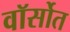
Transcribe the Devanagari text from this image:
वॉर्सोत